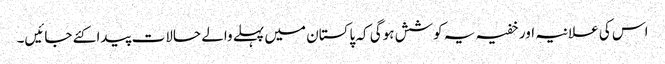
اس کی علانیہ اور خفیہ یہ کوشش ہوگی کہ پاکستان میں پہلے والے حالات پیدا کئے جائیں۔